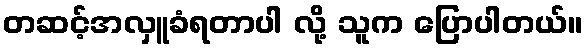
တဆင့်အလှူခံရတာပါ လို့ သူက ပြောပါတယ်။